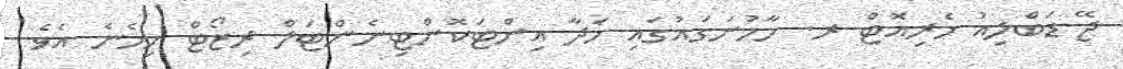
ޖޭ ޑަބްލިއު މެރިއޮޓް ރ. މާމުނަގައުގައި ހަދާ އިންޓަކޮންޓިނެންޓަލް ރިޒޯޓް ހިމެނެ އެވެ.